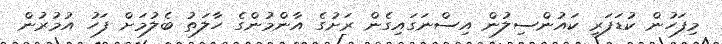
މިފަހުން ކުޑަފަރީ ކައުންސިލުން އިސްނަގައިގެން ރަށުގެ އާންމުންގެ ހާލަތު ބެލުމަށް ފަހު އުމުރުން